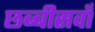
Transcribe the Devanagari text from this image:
छब्बीसवाँ